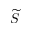
\widetilde { S }